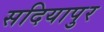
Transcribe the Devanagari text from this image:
सदियापुर